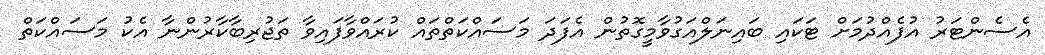
އެސެންޓަރު އުފެއްދުމަށް ޓަކައި ބައިނަލްއަގުވާމީގޮތުން އެފަދަ މަސައްކަތްތައް ކުރައްވާފައިވާ ތަޖުރިބާކާރުންނާ އެކު މަސައްކަތް